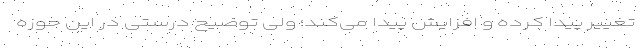
تغییر پیدا کرده و افزایش پیدا می‌کند؛ ولی توضیح درستی در این حوزه